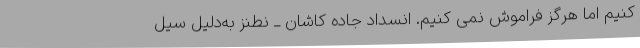
کنیم اما هرگز فراموش نمی کنیم. انسداد جاده کاشان ــ نطنز به‌دلیل سیل